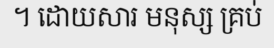
។ ដោយសារ មនុស្ស គ្រប់